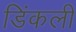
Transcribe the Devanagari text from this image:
डिंकली